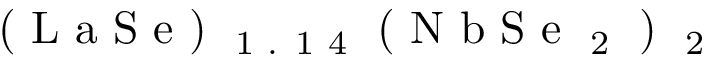
\textrm { ( L a S e ) \textsubscript { 1 . 1 4 } ( N b S e \textsubscript { 2 } ) \textsubscript { 2 } }